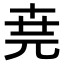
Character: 𠒖